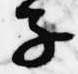
子